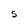
Character: 5